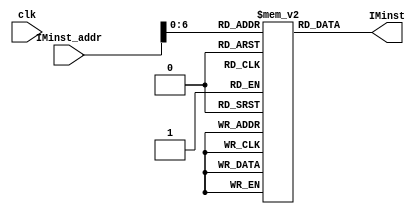
module instruction(IMinst, IMinst_addr, clk);
input clk;
input [31:0] IMinst_addr;
output [31:0] IMinst;
reg [31:0] IMinst;

reg [31:0] memdata [127:0];

initial begin
    // These contains

    memdata[0] = 32'b0000000000000000000000000010000;
    memdata[1] = 32'b100011;
    memdata[2] = 32'b101011;
    memdata[3] = 32'b000100;
    memdata[4] = 32'b000101;
    memdata[5] = 32'b000000;
    memdata[6] = 32'b000000;

    end

always @(inst_addr)
    begin
        IMinst = memdata[IMinst_addr];
    end

endmodule